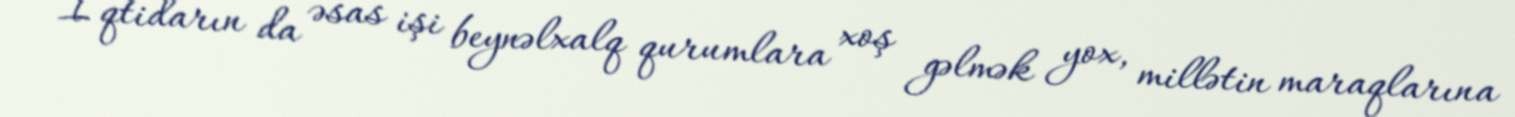
İqtidarın da əsas işi beynəlxalq qurumlara xoş gəlmək yox, millətin maraqlarına